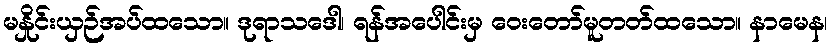
မနှိုင်းယှဉ်အပ်ထသော။ ဒုရာသဒေါ၊ ရန်အပေါင်းမှ ဝေးတော်မူတတ်ထသော။ နာမေန၊